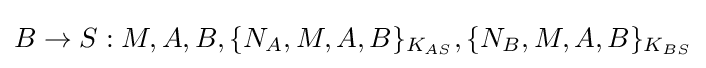
B\rightarrow S:M,A,B,\{N_{A},M,A,B\}_{K_{AS}},\{N_{B},M,A,B\}_{K_{BS}}